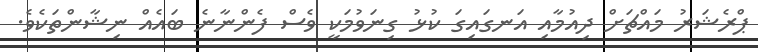
ޕްރެޝަރު މައްޗަށް ދިއުމާއި އަނގައިގަ ކުޅު ގިނަވުމަކީ ވެސް ފެންނާނެ ބައެއް ނިޝާންތަކެވެ.